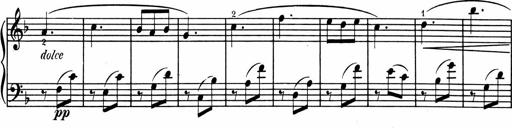
Title: 1Ã¨re Sonatine
Composer: FrÃ©dÃ©ric Binet